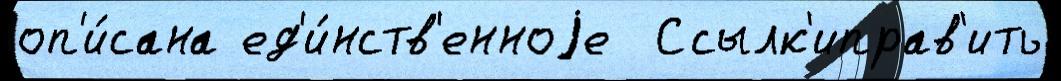
оп'и́сана ед'и́нств'енноjе  Ссылк'иправ'ить